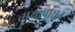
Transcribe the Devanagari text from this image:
तार्‍यापासून